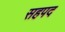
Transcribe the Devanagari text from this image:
सहपद